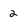
Character: 2